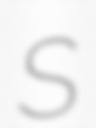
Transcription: S